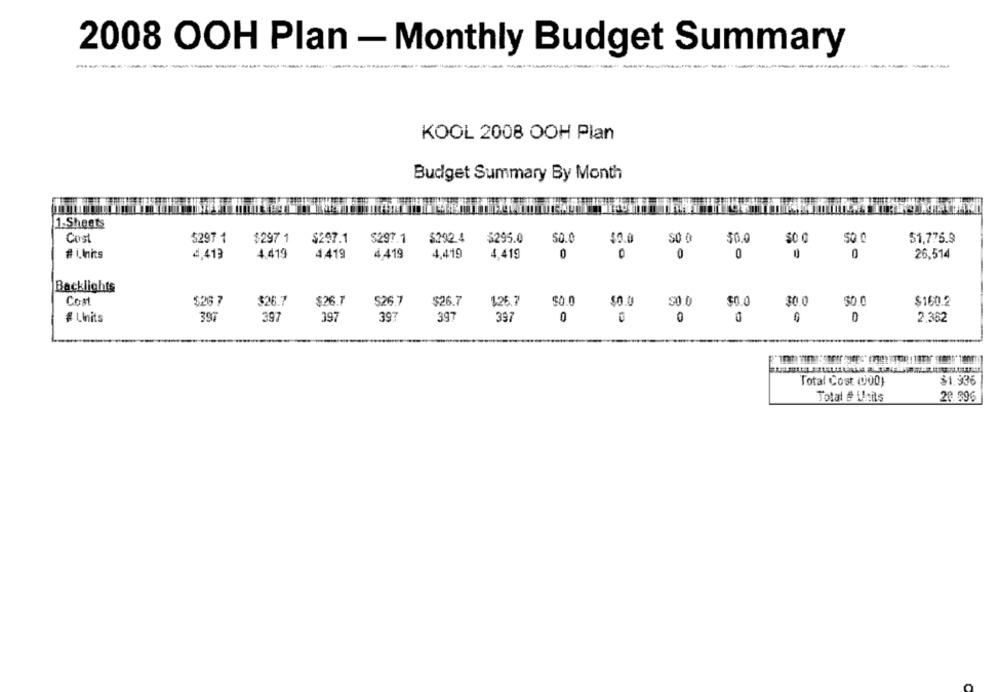
2008 OOH Plan - Monthly Budget Summary
KOOL 2008 OOH Plan
Budget Summary By Month
1.Sheets
Cost
5297 1
$297 1
$297.1
$297.1
5292.4
$295.0
$0.0
$0.0
S0 0
50.0
0
50.0
51,775.9
# i.hits
4.413
4 419
4419
4.419
4,419
4,419
0
0
0
0
26.514
Backlights
Cost
$26 7
$26.7
$26.7
526.7
$26.7
126.7
$0.0
$0.0
$0.0
$0.0
30.0
50.0
$160.2
#Linits
397
397
397
393
397
397
0
0
2.362
$1.936
Total Cost (000)
Total # Units
20.89€